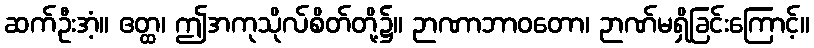
ဆက်ဦးအံ့။ ဧတ္ထ၊ ဤအကုသိုလ်စိတ်တို့၌။ ဉာဏာဘာဝတော၊ ဉာဏ်မရှိခြင်းကြောင့်။